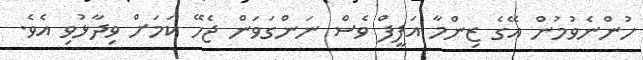
ހުންނެވުމުން އޭގެ ޒިންމާ އަފީފް ވެސް ނަންގަވަން ޖެހޭ ކަމަށް ވިދާޅުވި އެވެ.